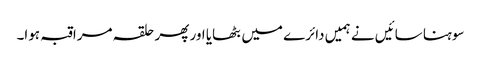
سوہنا سائیں نے ہمیں دائرے میں بٹھایا اور پھر حلقہ مراقبہ ہوا۔